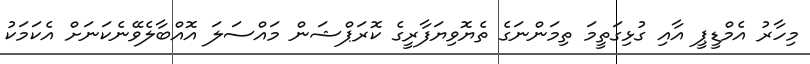
މިހާރު އެމްޑީޕީ އާއި ގުޅިގަތީމަ ތިމަންނަގެ ތެޔޮވިޔަފާރީގެ ކޮރަޕްޝަން މައްސަލަ އޮއްބާލެވޭނެކަނަށް އެކަމަކު